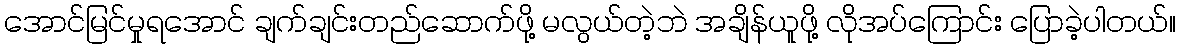
အောင်မြင်မှုရအောင် ချက်ချင်းတည်ဆောက်ဖို့ မလွယ်တဲ့ဘဲ အချိန်ယူဖို့ လိုအပ်ကြောင်း ပြောခဲ့ပါတယ်။